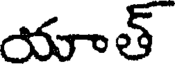
యాత్